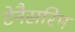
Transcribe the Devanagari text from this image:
टेनैसरिम